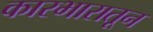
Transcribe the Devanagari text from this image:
कारभारातून